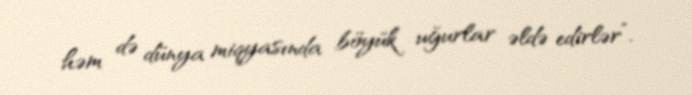
həm də dünya miqyasında böyük uğurlar əldə edirlər”.